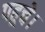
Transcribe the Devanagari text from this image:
पहूचे।